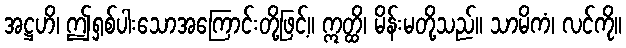
အဋ္ဌဟိ၊ ဤရှစ်ပါးသောအကြောင်းတို့ဖြင့်။ ဣတ္ထိ၊ မိန်းမတို့သည်။ သာမိကံ၊ လင်ကို။